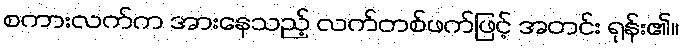
စကားလက်က အားနေသည့် လက်တစ်ဖက်ဖြင့် အတင်း ရုန်း၏။